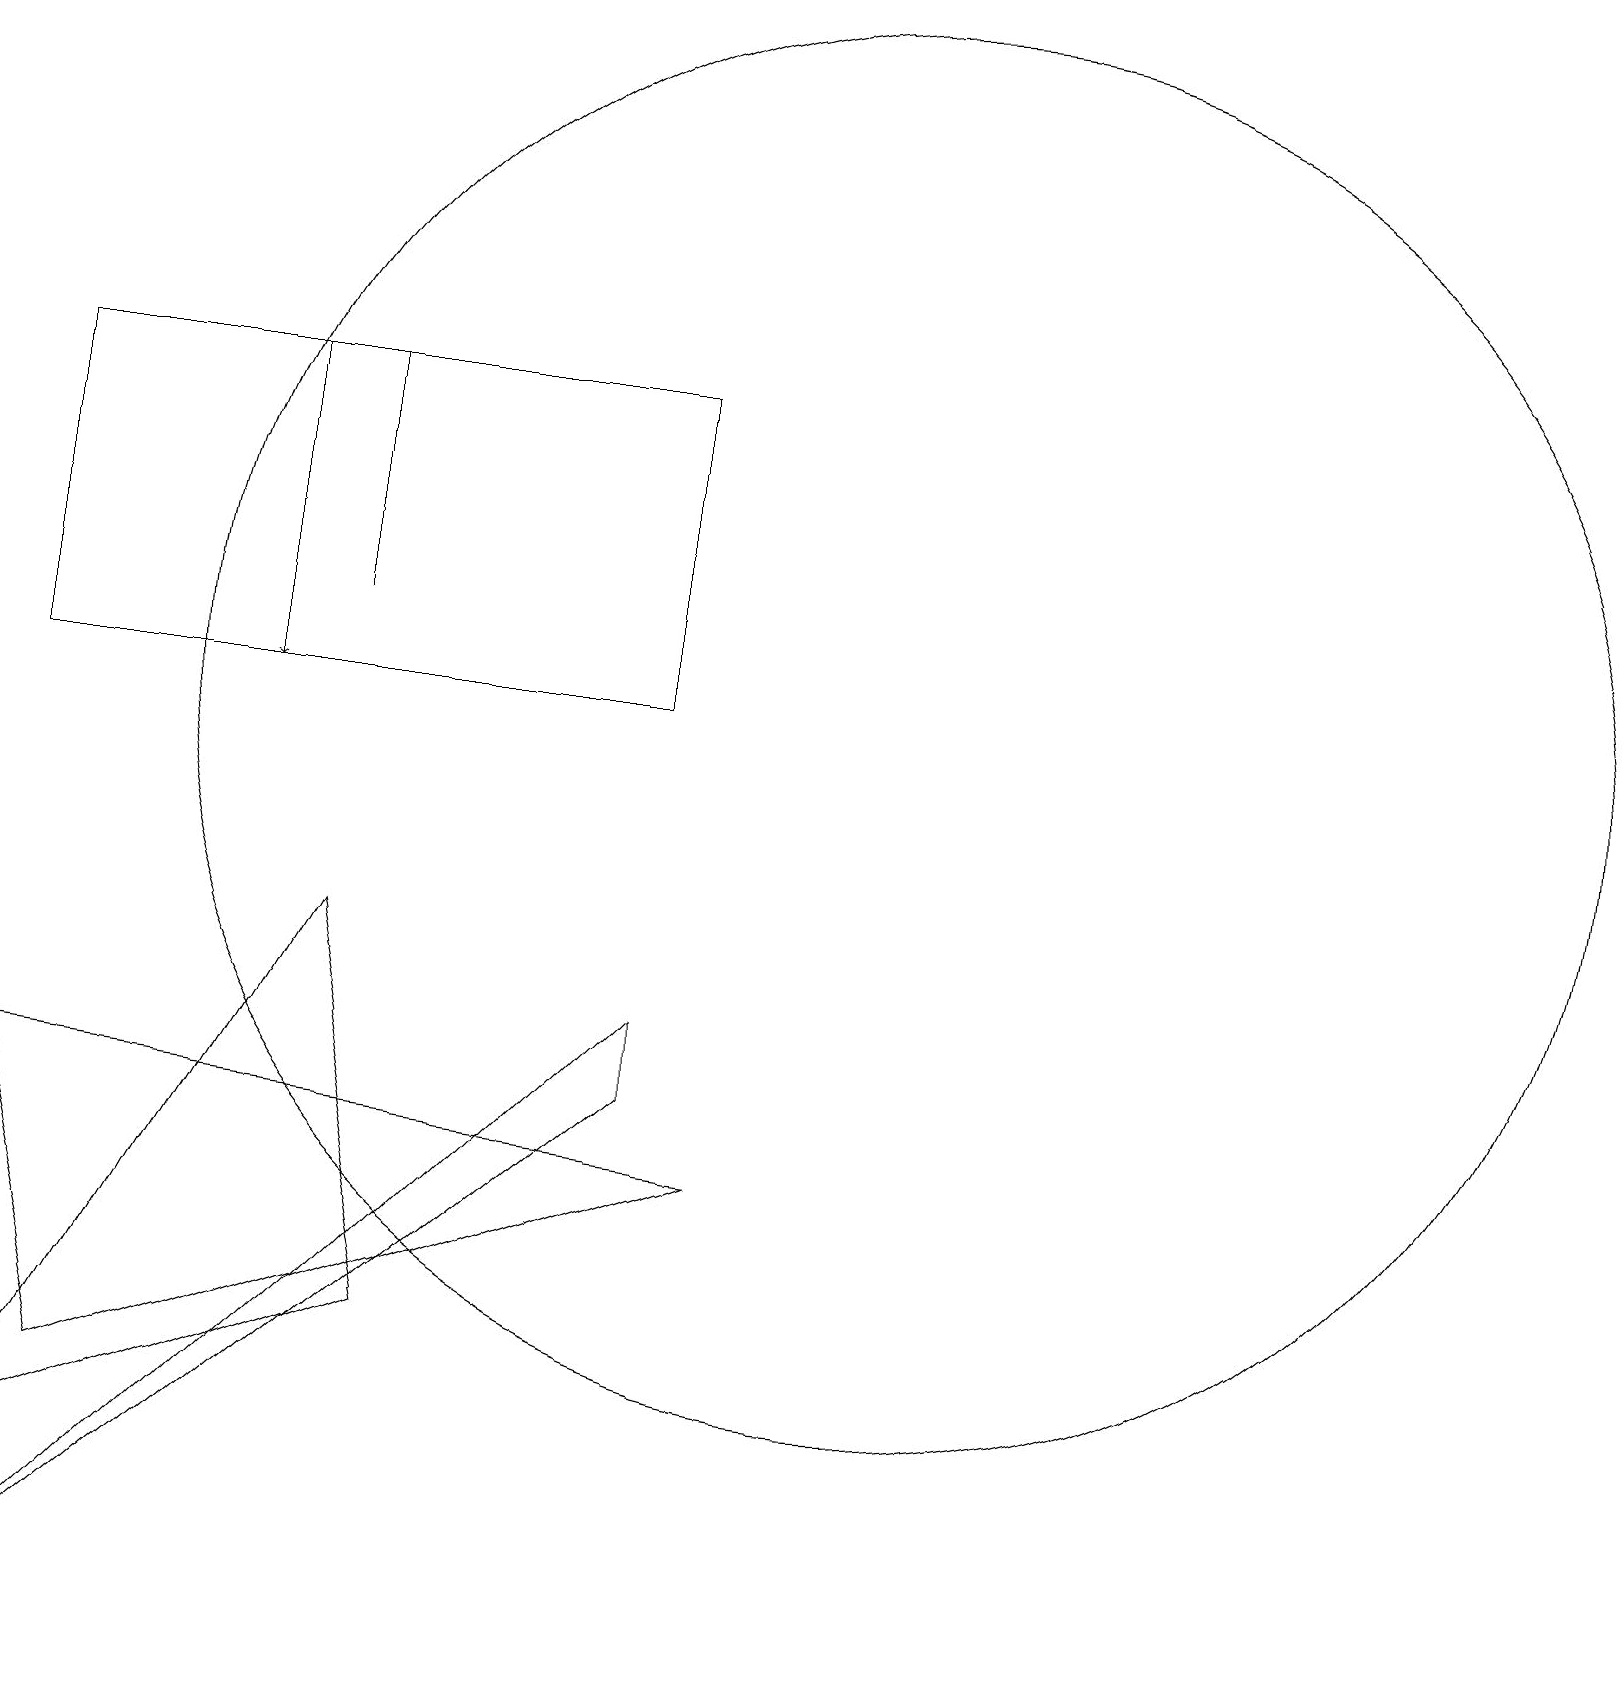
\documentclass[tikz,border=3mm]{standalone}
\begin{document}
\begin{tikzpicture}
\draw (4,13) rectangle (4,16);
\draw (4,9) -- (0,2) -- (5,4) -- cycle;
\draw (1,3) -- (9,6) -- (0,7) -- cycle;
\draw (11,12) circle (9);
\draw[->] (3,16) -- (3,12);
\draw (8,8) -- (8,7) -- (0,0) -- cycle;
\draw (0,16) rectangle (8,12);
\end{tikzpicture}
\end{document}